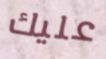
عليك